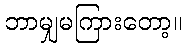
ဘာမျှမကြားတော့။